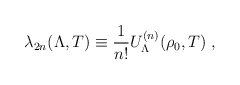
\begin{align*}\lambda_{2n}(\Lambda,T) \equiv \frac{1}{n!}U_{\Lambda}^{(n)}(\rho_{0},T)\;,\end{align*}